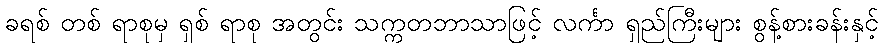
ခရစ် တစ် ရာစုမှ ရှစ် ရာစု အတွင်း သက္ကတဘာသာဖြင့် လင်္ကာ ရှည်ကြီးများ စွန့်စားခန်းနှင့်